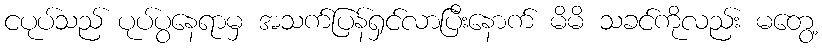
ငပုပ်သည် ပုပ်ပွနေရာမှ အသက်ပြန်ရှင်လာပြီးနောက် မိမိ သခင်ကိုလည်း မတွေ့